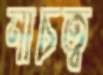
নীচত্ব